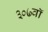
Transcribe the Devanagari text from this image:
३०७वॉ